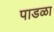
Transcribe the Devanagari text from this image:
पाडळा